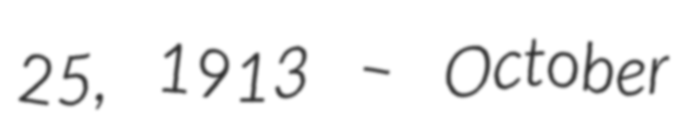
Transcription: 25, 1913 – October